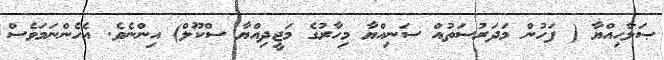
ޞަލާހިއްޔާ ( ފަހުން މަދަރުސަތުއް ސަނިއްޔާ މިހާރުގެ މަޖީދިއްޔާ ސްކޫލް) އިންނެވެ. އެހެންނަމަވެސް